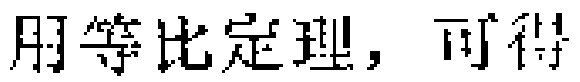
用等比定理，可得